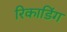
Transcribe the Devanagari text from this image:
रिकाडिंग